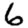
Digit: 6